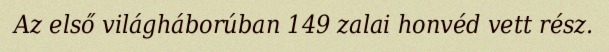
Az első világháborúban 149 zalai honvéd vett rész.